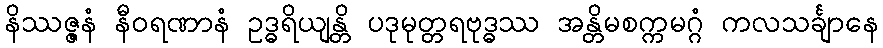
နိဿဇ္ဇနံ နီဝရဏာနံ ဥဒ္ဓရိယျန္တိ ပဒုမုတ္တရဗုဒ္ဓဿ အန္တိမစက္ကမဂ္ဂံ ကလသင်္ချာနေ